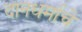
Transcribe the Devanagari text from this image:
दानधर्माचे